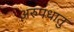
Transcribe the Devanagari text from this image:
अरुपधातु